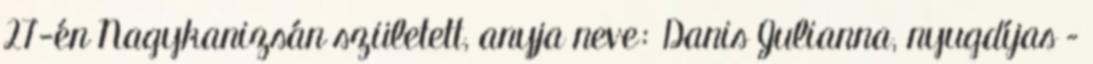
27-én Nagykanizsán született, anyja neve: Danis Julianna, nyugdíjas –